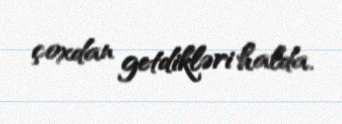
çoxdan getdikləri halda.